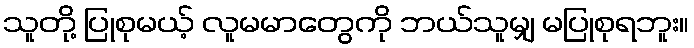
သူတို့ ပြုစုမယ့် လူမမာတွေကို ဘယ်သူမျှ မပြုစုရဘူး။